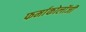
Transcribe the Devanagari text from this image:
फर्माकोलॉजी